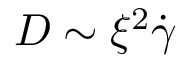
D \sim \xi ^ { 2 } \dot { \gamma }